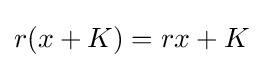
r(x+K)=rx+K